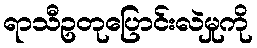
ရာသီဥတုပြောင်းလဲမှုကို